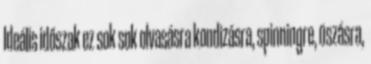
Ideális időszak ez sok sok olvasásra kondizásra, spinningre, úszásra,